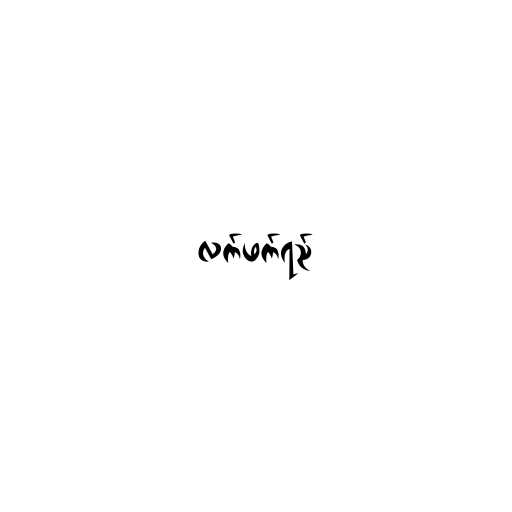
လက်ဖက်ရည်